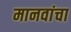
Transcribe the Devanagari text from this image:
मानवांचा